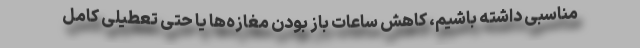
مناسبی داشته باشیم، کاهش ساعات باز بودن مغازه‌ها یا حتی تعطیلی کامل